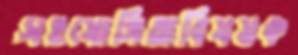
সহযোগিতাবিষয়ক